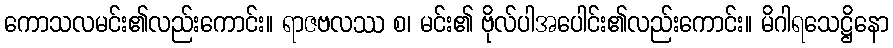
ကောသလမင်း၏လည်းကောင်း။ ရာဇဗလဿ စ၊ မင်း၏ ဗိုလ်ပါအပေါင်း၏လည်းကောင်း။ မိဂါရသေဋ္ဌိနော